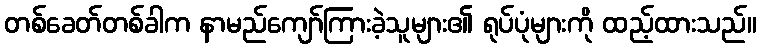
တစ်ခေတ်တစ်ခါက နာမည်ကျော်ကြားခဲ့သူများ၏ ရုပ်ပုံများကို ထည့်ထားသည်။